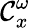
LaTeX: {\mathcal{C}}_{x}^{\omega}